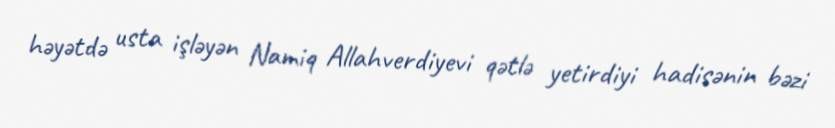
həyətdə usta işləyən Namiq Allahverdiyevi qətlə yetirdiyi hadisənin bəzi